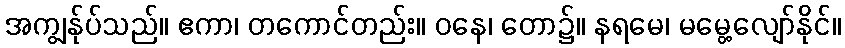
အကျွန်ုပ်သည်။ ဧကာ၊ တကောင်တည်း။ ဝနေ၊ တော၌။ နရမေ၊ မမွေ့လျော်နိုင်။